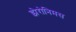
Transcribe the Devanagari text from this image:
झेरोनिमस